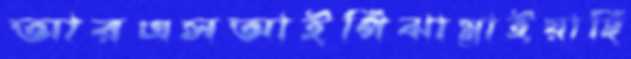
আরএসআইপিঝাম্‌রাইয়াছি